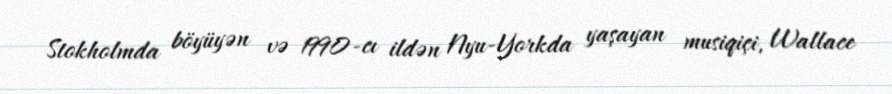
Stokholmda böyüyən və 1990-cı ildən Nyu-Yorkda yaşayan musiqiçi, Wallace